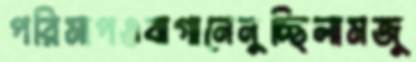
পরিমাপওবাগানেনুচ্ছিলামজু